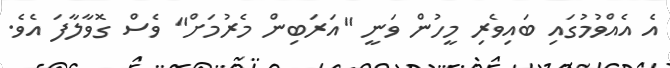
އެ އެއްވުމުގައި ބައިވެރި މީހުން ވަނީ "އަރަބިން މެރުމަށް" ވެސް ގޮވާލާފަ އެވެ.